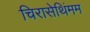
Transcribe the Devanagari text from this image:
चिरासेथिंमम